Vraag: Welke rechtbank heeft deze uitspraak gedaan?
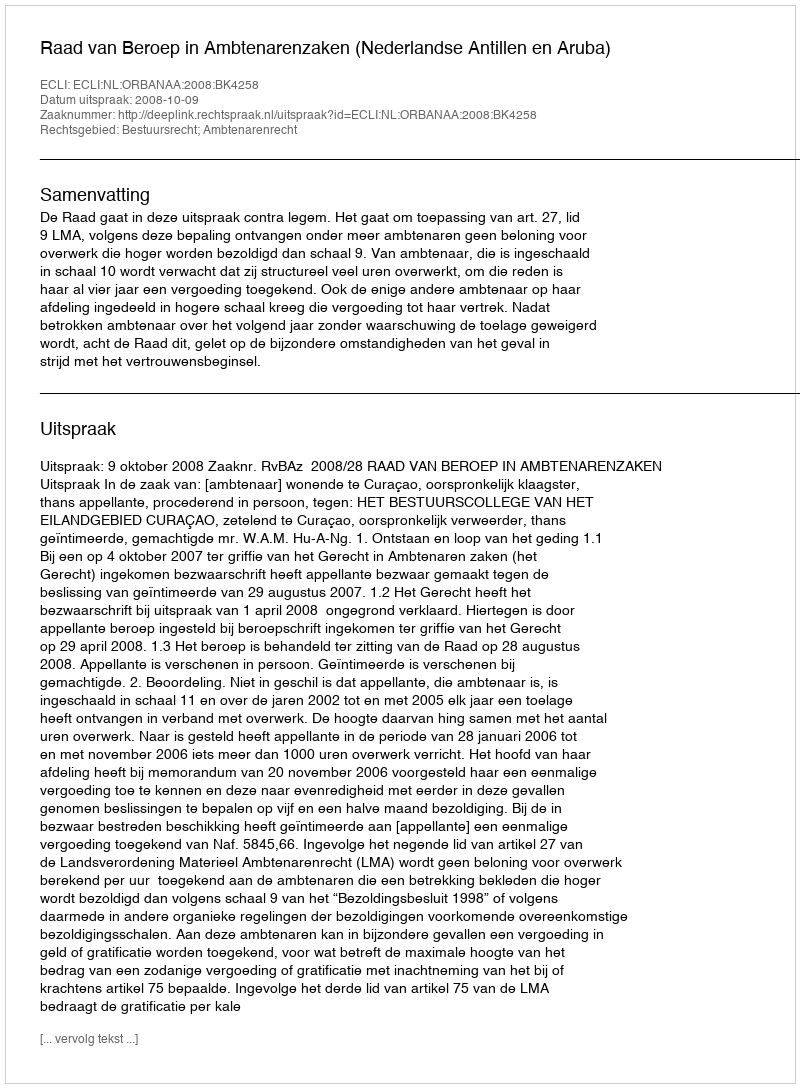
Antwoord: Raad van Beroep in Ambtenarenzaken (Nederlandse Antillen en Aruba)